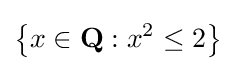
\left\{x\in \mathbf {Q} :x^{2}\leq 2\right\}